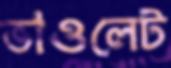
ভাওলেট